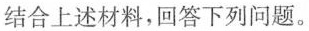
结合上述材料，回答下列问题。